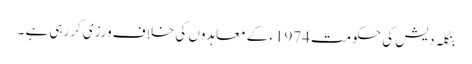
بنگلہ دیش کی حکومت 1974ء کے معاہدوں کی خلاف ورزی کررہی ہے ۔